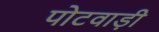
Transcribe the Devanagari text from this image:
पोटवाड़ी